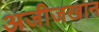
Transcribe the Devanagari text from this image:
अजीजखान